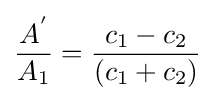
{\frac {A^{'}}{A_{1}}}={\frac {c_{1}-c_{2}}{(c_{1}+c_{2})}}